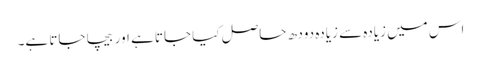
اس میں زیادہ سے زیادہ دودھ حاصل کیا جاتا ہے اور بیچا جاتا ہے۔